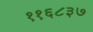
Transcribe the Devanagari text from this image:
११६८३७